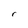
Character: r